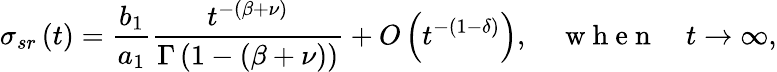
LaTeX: \sigma_{sr}\left(t\right)=\frac{b_{1}}{a_{1}}\frac{t^{-\left(\beta+\nu\right)}}{\Gamma\left(1-\left(\beta+\nu\right)\right)}+O\left(t^{-\left(1-\delta\right)}\right),\quad\mathrm{~w~h~e~n~}\quad t\rightarrow\infty,